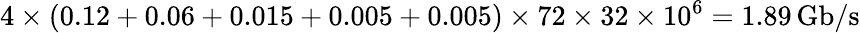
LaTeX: \mathrm{4\times(0.12+0.06+0.015+0.005+0.005)\times 72\times 32\times 10^{6}=1.89\, Gb/s}